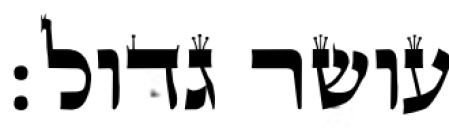
עושר גדול: